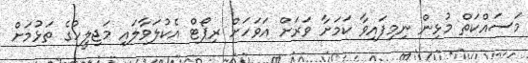
މަސައްކަތް މުޅިން ނިމިފައިވާ ކަމަށާ ވަރަށް އަވަހަށް ރިޕޯޓް އެކުލަވާލައި މަޖިލީހުގެ ތަޅުމަށް